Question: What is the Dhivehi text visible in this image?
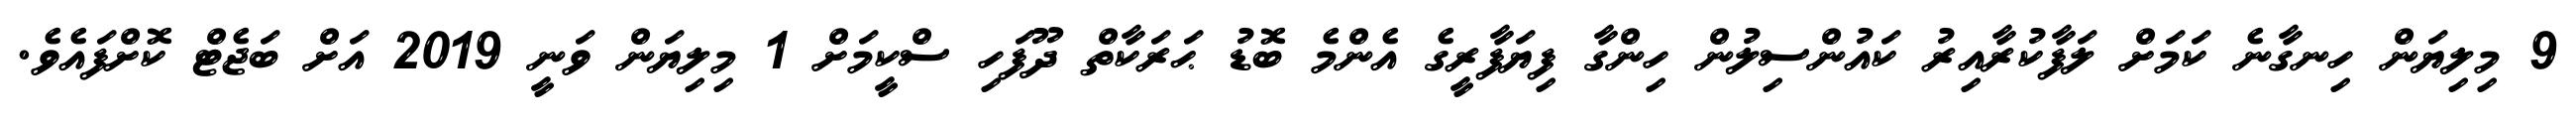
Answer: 9 މިލިޔަން ހިނގާނެ ކަމަށް ލަފާކުރާއިރު ކައުންސިލުން ހިންގާ ފިޔަފާރީގެ އެންމެ ބޮޑު ޙަރަކާތް ދޫފަހި ސްކީމަށް 1 މިލިޔަން ވަނީ 2019 އަށް ބަޖެޓް ކޮށްފައެވެ.